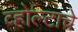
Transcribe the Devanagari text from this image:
व्होल्टाचे